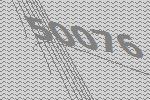
50076